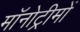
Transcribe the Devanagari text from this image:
मॉनोट्रीमों